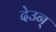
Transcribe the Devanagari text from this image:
देउन्